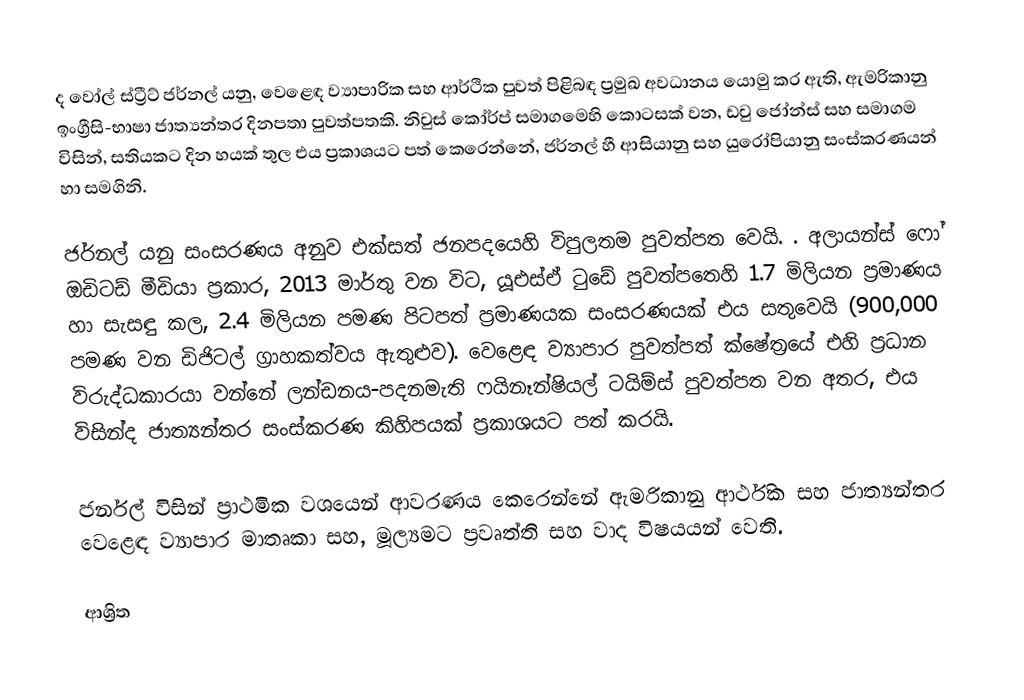
ද වෝල් ස්ට්‍රීට් ජර්නල් යනු, වෙළෙඳ ව්‍යාපාරික සහ ආර්ථික පුවත් පිළිබඳ ප්‍රමුඛ අවධානය යොමු කර ඇති, ඇමරිකානු ඉංග්‍රීසි-භාෂා ජාත්‍යන්තර දිනපතා පුවත්පතකි. නිවුස් කෝර්ප් සමාගමෙහි කොටසක් වන, ඩවු ජෝන්ස් සහ සමාගම විසින්, සතියකට දින හයක් තුල එය ප්‍රකාශයට පත් කෙරෙන්නේ, ජර්නල් හී ආසියානු සහ යුරෝපියානු සංස්කරණයන් හා සමගිනි.

ජර්නල් යනු  සංසරණය අනුව එක්සත් ජනපදයෙහි විපුලතම පුවත්පත වෙයි. . අලායන්ස් ෆෝ ඔඩිටඩ් මීඩියා ප්‍රකාර, 2013 මාර්තු වන විට, යූඑස්ඒ ටුඩේ පුවත්පතෙහි 1.7 මිලියන ප්‍රමාණය හා සැසඳු කල,  2.4 මිලියන පමණ පිටපත්  ප්‍රමාණයක සංසරණයක් එය සතුවෙයි (900,000 පමණ වන ඩිජිටල් ග්‍රාහකත්වය ඇතුළුව). වෙළෙඳ ව්‍යාපාර පුවත්පත් ක්ෂේත්‍රයේ එහි ප්‍රධාන විරුද්ධකාරයා වන්නේ ලන්ඩනය-පදනමැති ෆයිනෑන්ෂියල් ටයිම්ස් පුවත්පත වන අතර, එය විසින්ද ජාත්‍යන්තර සංස්කරණ කිහිපයක් ප්‍රකාශයට පත් කරයි.

ජර්නල් විසින් ප්‍රාථමික වශයෙන් ආවරණය කෙරෙන්නේ ඇමරිකානු ආර්ථික සහ ජාත්‍යන්තර වෙළෙඳ ව්‍යාපාර මාතෘකා සහ, මූල්‍යමට ප්‍රවෘත්ති සහ වාද විෂයයන් වෙති.

ආශ්‍රිත